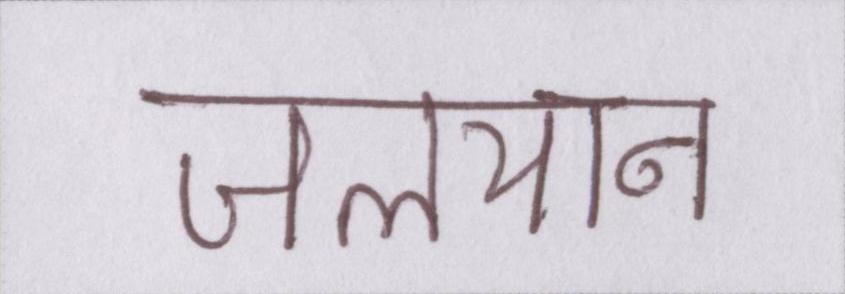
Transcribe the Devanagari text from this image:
जलयान